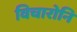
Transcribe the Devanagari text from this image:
विचारोनि